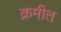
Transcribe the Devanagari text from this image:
क्रमीत